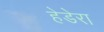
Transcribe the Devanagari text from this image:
हेडेरा